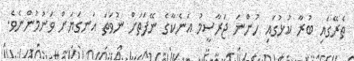
ތެރޭގައި ބުރާ ކުޅުގައި ހުންނަ ޖަރާސީމު އަނެކާގެ ނޭފަތަށް ނުވަތަ އަނގަޔަށް ވަނުމުންނެވެ.